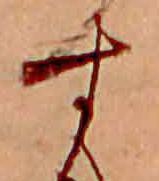
す